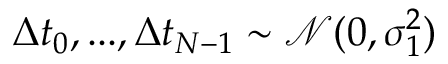
\Delta t _ { 0 } , . . . , \Delta t _ { N - 1 } \sim \mathcal { N } ( 0 , \sigma _ { 1 } ^ { 2 } )